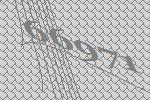
66971